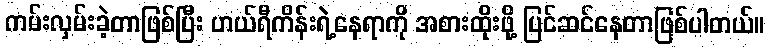
ကမ်းလှမ်းခဲ့တာဖြစ်ပြီး ဟယ်ရီကိန်းရဲ့နေရာကို အစားထိုးဖို့ ပြင်ဆင်နေတာဖြစ်ပါတယ်။